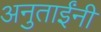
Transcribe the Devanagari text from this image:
अनुताईंनी